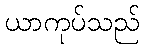
ယာကုပ်သည်